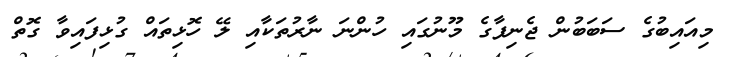
މިއައިބުގެ ސަބަބުން ޖެނިފާގެ މޫނުގައި ހުންނަ ނާރުތަކާއި ލޭ ހޮޅިތައް ގުޅިފައިވާ ގޮތް